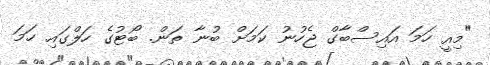
"މިއީ ހަމަ އައިސްބާގް ޖެހުނު ކަމަށް ބުނާ ތަން. ބޯޓުގެ ހަލްގައި ހަމަ